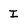
Character: I